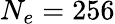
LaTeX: N_{e}=256